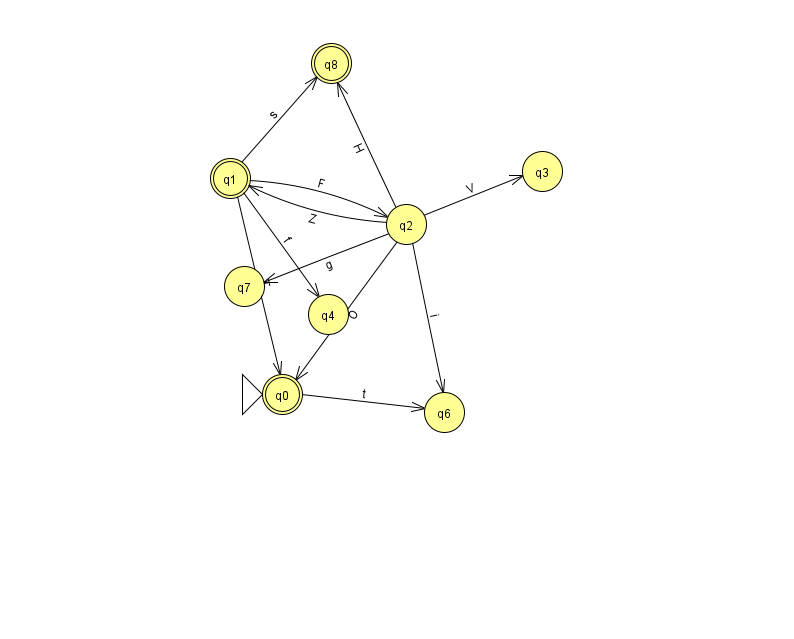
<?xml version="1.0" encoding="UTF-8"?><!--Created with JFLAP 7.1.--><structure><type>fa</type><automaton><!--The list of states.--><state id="0" name="q0"><x>282.0</x><y>381.0</y><initial/><final/></state><state id="1" name="q1"><x>230.0</x><y>165.0</y><final/></state><state id="2" name="q2"><x>406.0</x><y>211.0</y></state><state id="3" name="q3"><x>542.0</x><y>158.0</y></state><state id="4" name="q4"><x>328.0</x><y>301.0</y></state><state id="6" name="q6"><x>444.0</x><y>399.0</y></state><state id="7" name="q7"><x>244.0</x><y>273.0</y></state><state id="8" name="q8"><x>331.0</x><y>50.0</y><final/></state><!--The list of transitions.--><transition><from>2</from><to>3</to><read>V</read></transition><transition><from>2</from><to>8</to><read>H</read></transition><transition><from>2</from><to>0</to><read>O</read></transition><transition><from>2</from><to>7</to><read>g</read></transition><transition><from>1</from><to>2</to><read>F</read></transition><transition><from>1</from><to>8</to><read>s</read></transition><transition><from>0</from><to>6</to><read>t</read></transition><transition><from>1</from><to>4</to><read>f</read></transition><transition><from>2</from><to>1</to><read>Z</read></transition><transition><from>2</from><to>6</to><read>i</read></transition><transition><from>1</from><to>0</to><read>T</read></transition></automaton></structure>